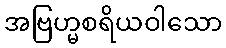
အဗြဟ္မစရိယဝါသော